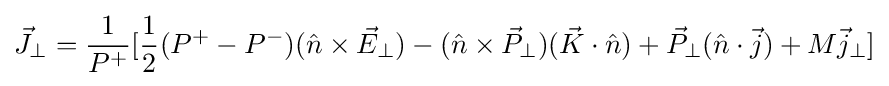
{\vec {J}}_{\perp }={\frac {1}{P^{+}}}[{\frac {1}{2}}(P^{+}-P^{-})({\hat {n}}\times {\vec {E}}_{\perp })-({\hat {n}}\times {\vec {P}}_{\perp })({\vec {K}}\cdot {\hat {n}})+{\vec {P}}_{\perp }({\hat {n}}\cdot {\vec {j}})+M{\vec {j}}_{\perp }]